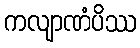
ကလျာဏံပိဿ